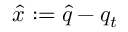
\hat { x } : = \hat { q } - q _ { t }